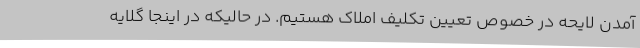
آمدن لایحه در خصوص تعیین تکلیف املاک هستیم. در حالیکه در اینجا گلایه